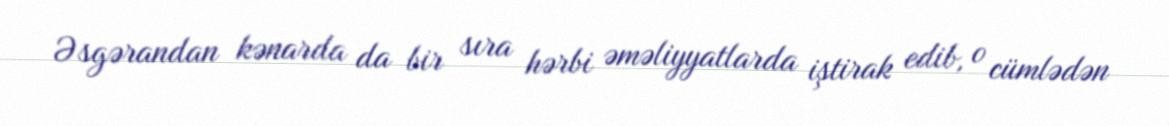
Əsgərandan kənarda da bir sıra hərbi əməliyyatlarda iştirak edib, o cümlədən